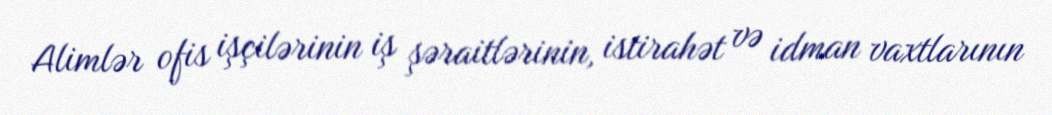
Alimlər ofis işçilərinin iş şəraitlərinin, istirahət və idman vaxtlarının